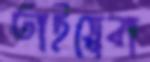
তাইয়েবা